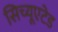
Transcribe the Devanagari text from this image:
सिच्यूएटेड